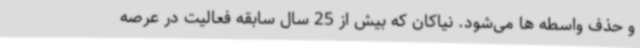
و حذف واسطه ها می‌شود. نیاکان که بیش از 25 سال سابقه فعالیت در عرصه